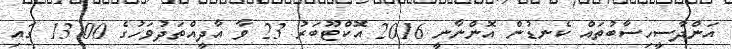
އަންދާސީހިސާބުތައް ކެނޑުން އޮންނާނީ 2016 އޮކްޓޫބަރު 23 ވާ އާދީއްތަދުވަހުގެ 13:00 ގައި